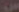
OF